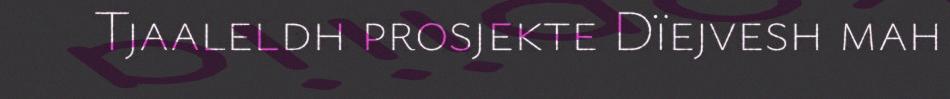
Tjaaleldh prosjekte Dïejvesh mah